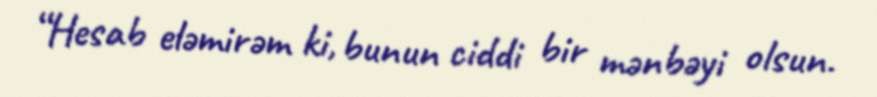
“Hesab eləmirəm ki, bunun ciddi bir mənbəyi olsun.